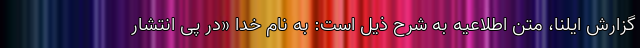
گزارش ایلنا، متن اطلاعیه به شرح ذیل است: به نام خدا «در پی انتشار